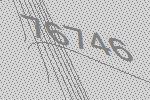
76746